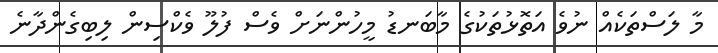
މާ ލަސްތަކެއް ނުވެ އަތޮޅުތަކުގެ މާބަނޑު މީހުންނަށް ވެސް ފުލޫ ވެކްސިން ލިބިގެންދާނެ